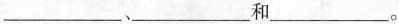
___、___和___。